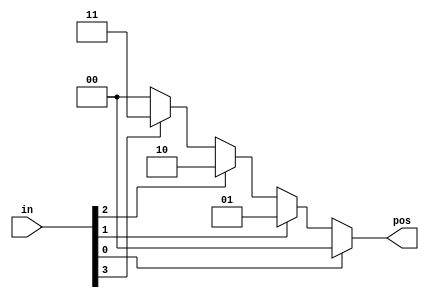
// synthesis verilog_input_version verilog_2001
module fbencoder (
    input [3:0] in,
    output reg [1:0] pos  );
    always@(*)begin
        /*
        case(in)
            4'b0000:pos=1'd0;
            4'b0010:pos=1'd1;
            4'b0010:pos=1'd2;
            4'b1000:pos=1'd3;
            default:pos=1'd0;
        endcase
        */
        if (in[0]==1'b1)
            pos = 0;
        else if (in[1]==1'b1)
            pos = 1;
        else if (in[2]==1'b1)
            pos = 2;
        else if (in[3]==1'b1)
            pos = 3;
        else
            pos = 0;
    end            

endmodule